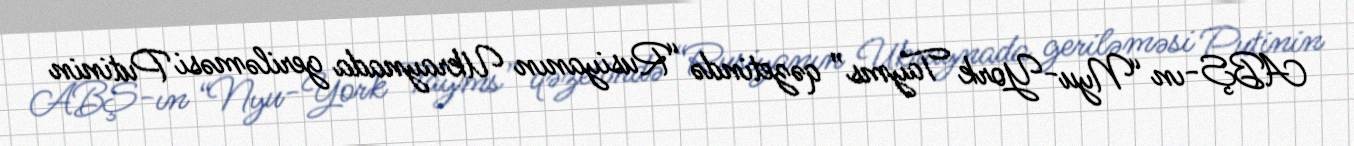
ABŞ-ın “Nyu-York Tayms” qəzetində “Rusiyanın Ukraynada geriləməsi Putinin